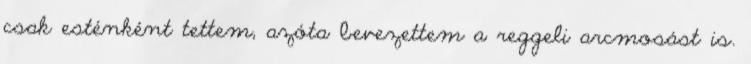
csak esténként tettem, azóta bevezettem a reggeli arcmosást is.